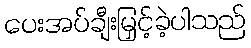
ပေးအပ်ချီးမြှင့်ခဲ့ပါသည်